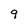
Character: 9